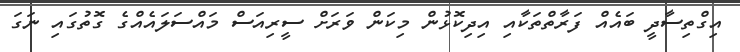
އިގްތިސާދީ ބައެއް ފަރާތްތަކާއި އިދިކޮޅުން މިކަން ވަރަށް ސީރިއަސް މައްސަލައެއްގެ ގޮތުގައި ނަގަ